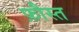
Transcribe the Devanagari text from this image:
फ़ौस्त